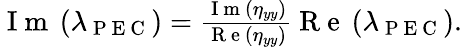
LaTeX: \begin{array}{r}{\mathrm{~I~m~}\left(\lambda_{\mathrm{~P~E~C~}}\right)=\frac{\mathrm{~I~m~}\left(\eta_{yy}\right)}{\mathrm{~R~e~}\left(\eta_{yy}\right)}\mathrm{~R~e~}\left(\lambda_{\mathrm{~P~E~C~}}\right).}\end{array}